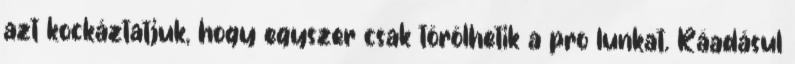
azt kockáztatjuk, hogy egyszer csak törölhetik a proﬁlunkat. Ráadásul